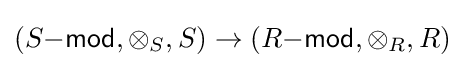
(S{\mathsf {-mod}},\otimes _{S},S)\to (R{\mathsf {-mod}},\otimes _{R},R)